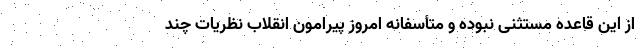
از این قاعده مستثنی نبوده و متأسفانه امروز پیرامون انقلاب نظریات چند